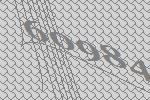
60984